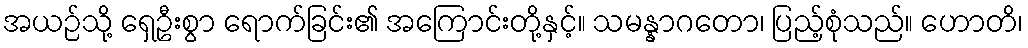
အယဉ်သို့ ရှေဦးစွာ ရောက်ခြင်း၏ အကြောင်းတို့နှင့်။ သမန္နာဂတော၊ ပြည့်စုံသည်။ ဟောတိ၊